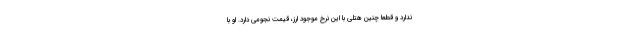
ندارد و قطعا چنین هتلی با این نرخ موجود ارز، قیمت نجومی دارد. او با